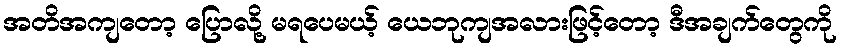
အတိအကျတော့ ပြောလို့ မရပေမယ့် ယေဘုကျအလားဖြင့်တော့ ဒီအချက်တွေကို